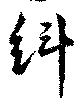
紏